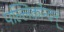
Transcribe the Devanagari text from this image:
पल्लिकोन्दन्